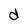
Character: d